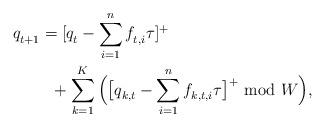
LaTeX: \begin{align*} q_{t+1}^{} &= [q_{t}^{}-\sum_{i=1}^nf^{}_{t,i}\tau]^+ \\ &~~ + \sum_{k=1}^K \Big(\big[q^{}_{k,t} - \sum_{i=1}^n f_{k,t,i}^{}\tau\big]^+~{\rm mod}~W\Big), \end{align*}